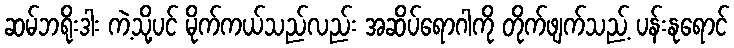
ဆမ်ဘရိုးဒါး ကဲ့သို့ပင် မိုက်ကယ်သည်လည်း အဆိပ်ရောဂါကို တိုက်ဖျက်သည့် ပန်းနုရောင်